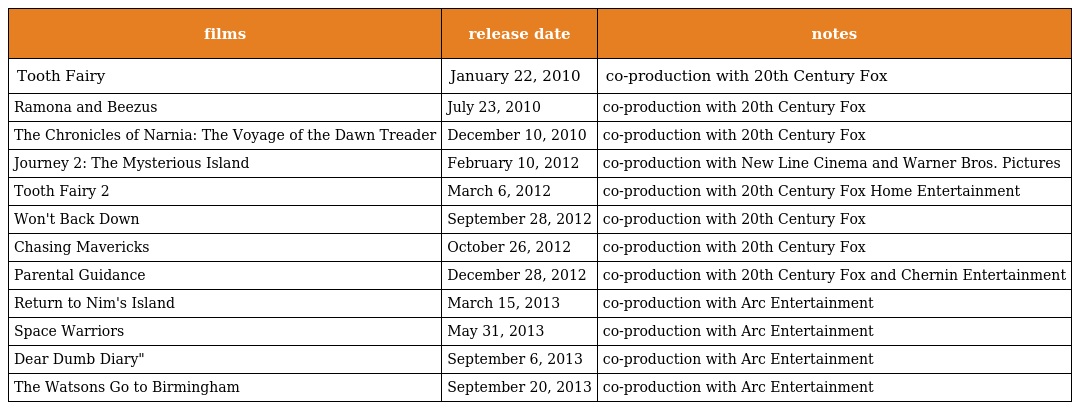
| films | release date | notes |
 | --- | --- | --- |
 | Tooth Fairy | January 22, 2010 | co-production with 20th Century Fox |
 | Ramona and Beezus | July 23, 2010 | co-production with 20th Century Fox |
 | The Chronicles of Narnia: The Voyage of the Dawn Treader | December 10, 2010 | co-production with 20th Century Fox |
 | Journey 2: The Mysterious Island | February 10, 2012 | co-production with New Line Cinema and Warner Bros. Pictures |
 | Tooth Fairy 2 | March 6, 2012 | co-production with 20th Century Fox Home Entertainment |
 | Won't Back Down | September 28, 2012 | co-production with 20th Century Fox |
 | Chasing Mavericks | October 26, 2012 | co-production with 20th Century Fox |
 | Parental Guidance | December 28, 2012 | co-production with 20th Century Fox and Chernin Entertainment |
 | Return to Nim's Island | March 15, 2013 | co-production with Arc Entertainment |
 | Space Warriors | May 31, 2013 | co-production with Arc Entertainment |
 | Dear Dumb Diary" | September 6, 2013 | co-production with Arc Entertainment |
 | The Watsons Go to Birmingham | September 20, 2013 | co-production with Arc Entertainment |